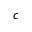
c